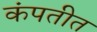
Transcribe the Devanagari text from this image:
कंपतीत